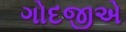
ગોદજીએ